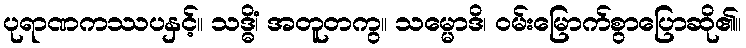
ပုရာဏကဿပနှင့်။ သဒ္ဓိံ၊ အတူတကွ။ သမ္မောဒိ၊ ဝမ်းမြောက်စွာပြောဆို၏။